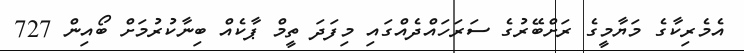
އެމެރިކާގެ މަޔާމީގެ ރަށްބޭރުގެ ސަރަހައްދެއްގައި މިފަދަ ތީމް ޕާކެއް ބިނާކުރުމަށް ބޯއިން 727